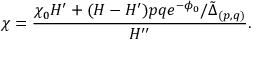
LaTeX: \chi = \frac { \chi _ { 0 } H ^ { \prime } + ( H - H ^ { \prime } ) p q e ^ { - \phi _ { 0 } } / \tilde { \Delta } _ { ( p , q ) } } { H ^ { \prime \prime } } .